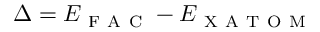
\Delta = E _ { \mathrm { ~ F ~ A ~ C ~ } } - E _ { \mathrm { ~ X ~ A ~ T ~ O ~ M ~ } }